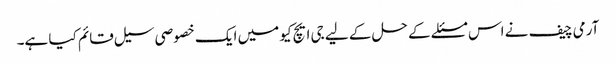
آرمی چیف نے اس مسئلے کے حل کے لیے جی ایچ کیو میں ایک خصوصی سیل قائم کیا ہے۔